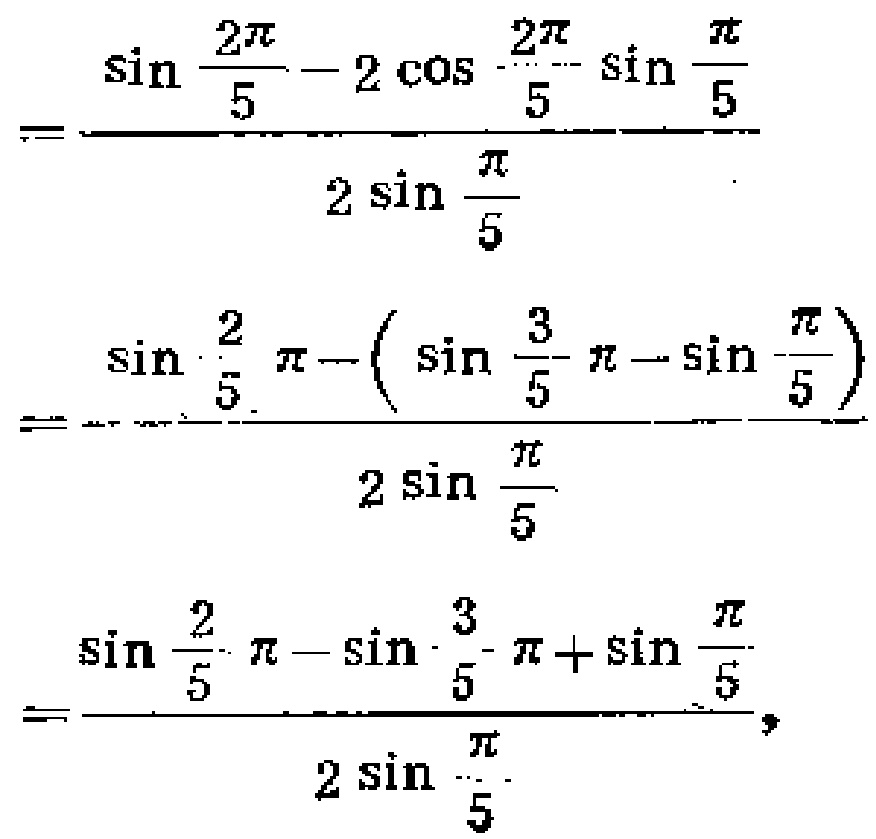
\[
\begin{align*}
&=\frac{\sin\frac{2\pi}{5}-2\cos\frac{2\pi}{5}\sin\frac{\pi}{5}}{2\sin\frac{\pi}{5}}\\
&=\frac{\sin\frac{2}{5}\pi - (\sin\frac{3}{5}\pi-\sin\frac{\pi}{5})}{2\sin\frac{\pi}{5}}\\
&=\frac{\sin\frac{2}{5}\pi-\sin\frac{3}{5}\pi+\sin\frac{\pi}{5}}{2\sin\frac{\pi}{5}}
\end{align*}
\]